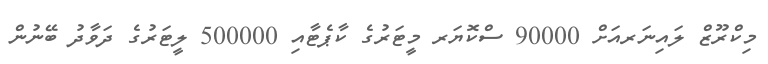
މިކްރޫޒް ލައިނަރއަށް 90000 ސްކޮޔަރ މީޓަރުގެ ކާޕެޓާއި 500000 ލީޓަރުގެ ދަވާދު ބޭނުން